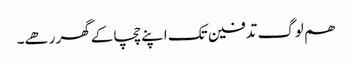
ھم لوگ تدفین تک اپنے چچا کے گھر رھے۔